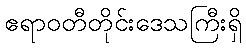
ဧရာဝတီတိုင်းဒေသကြီးရှိ